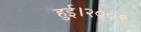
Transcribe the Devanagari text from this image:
हुई।२००९